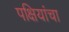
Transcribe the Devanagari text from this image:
पक्षियांचा